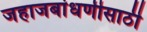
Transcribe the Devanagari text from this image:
जहाजबांधणीसाठी